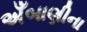
અઁબાણીના